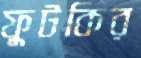
ফুটকির